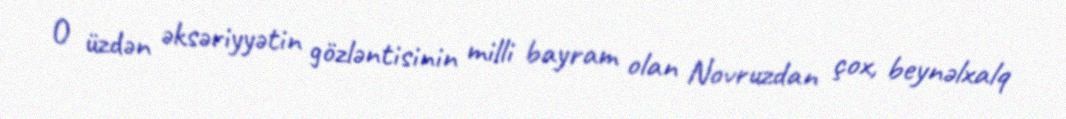
O üzdən əksəriyyətin gözləntisinin milli bayram olan Novruzdan çox, beynəlxalq